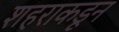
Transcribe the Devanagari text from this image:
शहराकडून